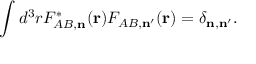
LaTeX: \int d ^ { 3 } r F _ { A B , { \bf n } } ^ { \ast } ( { \bf r } ) F _ { A B , { \bf n } ^ { \prime } } ( { \bf r } ) = \delta _ { { \bf n } , { \bf n } ^ { \prime } } .